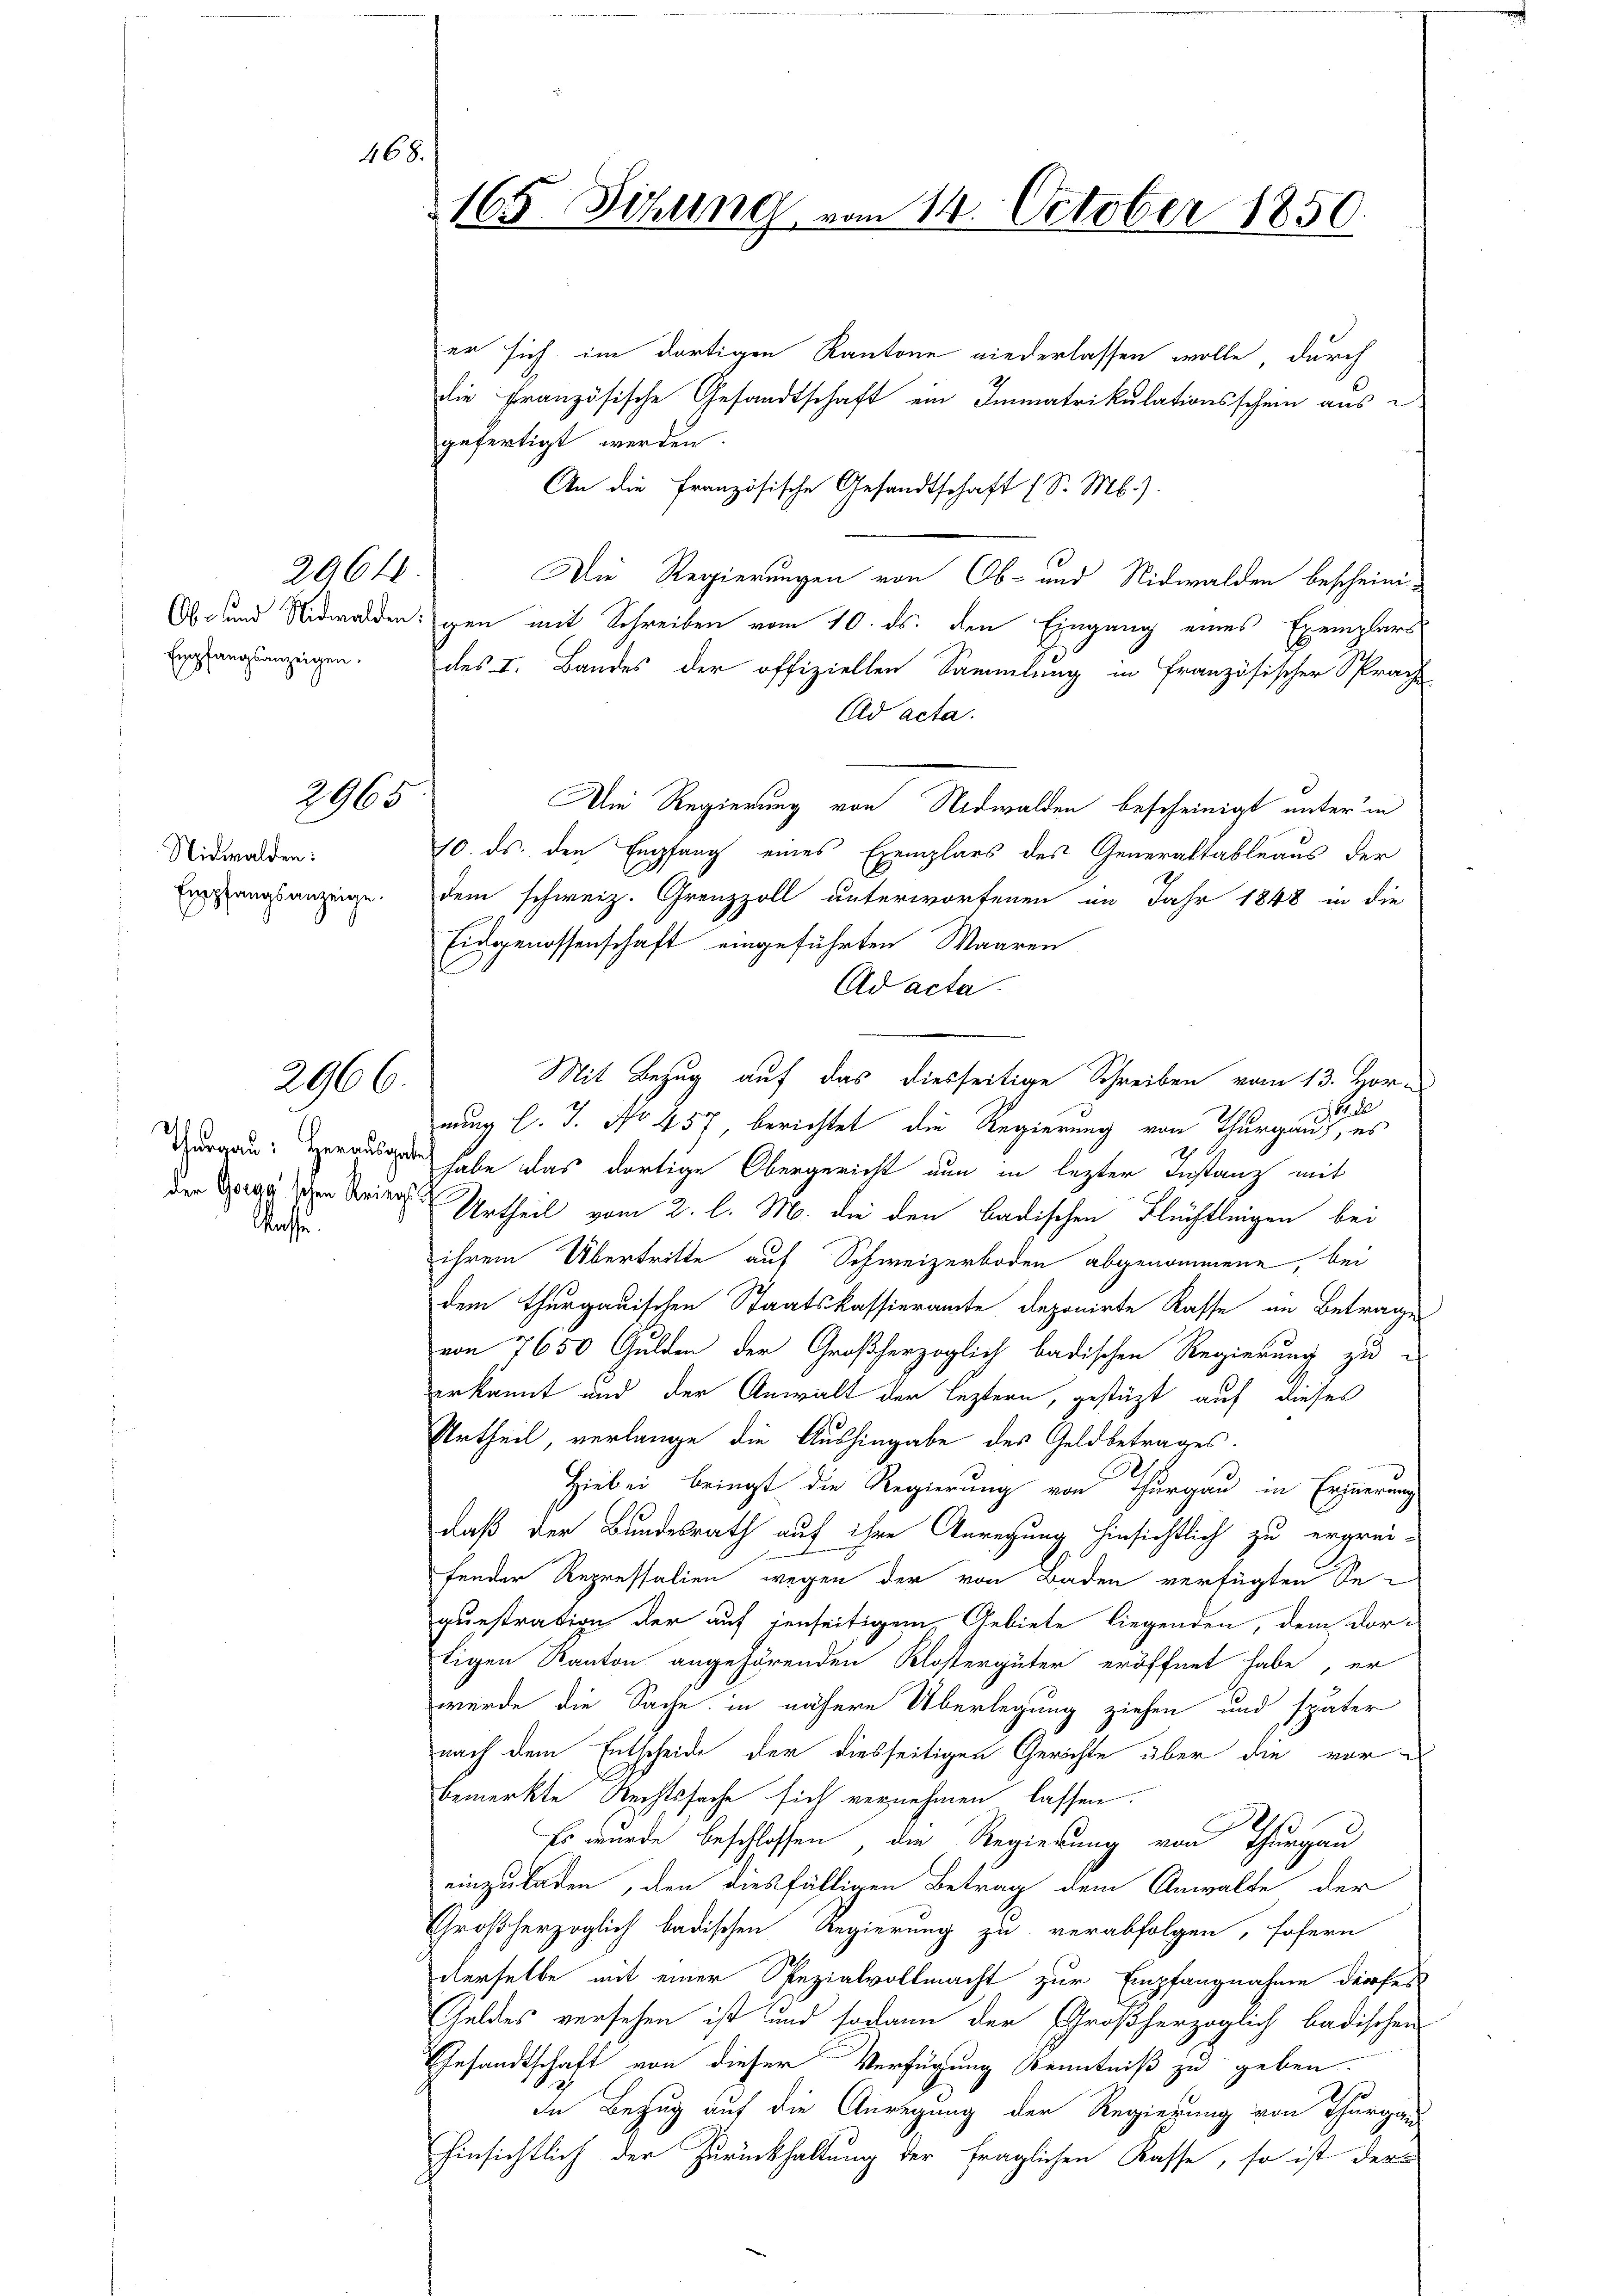
468.

20646.
Empfangsanzeigen.

2965

Nidwalden:
Empfangsanzeige.

2966.

Wasse

165. Sitzung vom 14. October 1850.

er sich im dortigen Kantone niederlassen wolle, durch
die Französische Gesandtschaft ein Immatrikulationsschein aus
gefertigt werden.
An die Französische Gesandtschaft (S. Mb.).
Die Regierungen von Ob- und Nidwalden bescheini¬
Ob- und Nidwalden gen mit Schreiben vom 10. ds. den Eingang eines Exemplars
des I. Bandes der offiziellen Sammlung in französischer Sprach
Ad acta.
Am Regierung von Nidwalden bescheinigt unter in
10. ds. den Empfang eines Exemplars des Generaltableaus der
dem schweiz. Grenzzoll unterworfenen im Jahr 1848 in die
Eidgenossenschaft eingeführten Waaren
Ad acta.
Mit Bezug auf das diesseitige Schreiben vom 13. Hornung l. J. No 457, berichtet die Regierung von Thurgau
d 8. Herausgeden habe das dortige Obergericht nun in lezter Instanz mit
Der Vergischen Striers Urtheil vom 2. l. M. die den badischen Flüchtlingen bei
ihrem Übertritte auf Schweizerboden abgenommene, bei
dem Thurgauischen Staatskassieramte deponirte Kasse an Betrages
von 7650 Gulden der Großherzoglich badischen Regierung zu
erkannt und der Anwalt der leztern, gestützt auf dieses
Urtheil, verlange die Aushingabe des Geldbetrages.
Hiebei bringt die Regierung von Thurgau in Erzierung
daß der Bundesrath auf ihre Anregung hinsichtlich zu ergrei-
fender Repressalien wegen der von Baden verfügten Sequestration der auf jenseitigem Gebiete liegenden, dem Vor-
tigen Kanton angehörenden Klostergüter eröffnet habe, er
werde die Sache in nähere Überlegung ziehen und später
nach dem Entscheide der diesseitigen Gerichte über die vorbemerkte Rechtssache sich vernehmen lassen.
Pe
Es wurde beschlossen, die Regierung von Thurgau
einzuladen, den diesfälligen Betrag dem Anwalte der
Großherzoglich badischen Regierung zu verabfolgen, sofern
derselbe mit einer Spezialvollmacht zur Empfangnahme darfes
Geldes versehen ist und sodann der Großherzoglich badischen
Gesandtschaft von dieser Verfügung Kenntniß zu geben.
In Bezug auf die Anregung der Regierung von Thurgau
hinsichtlich der Zurückhaltung der fraglichen Kasse, so ist der